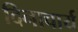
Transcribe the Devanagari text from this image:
दिनाचार्य